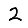
Digit: 2